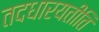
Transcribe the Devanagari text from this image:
तदधारयतीति